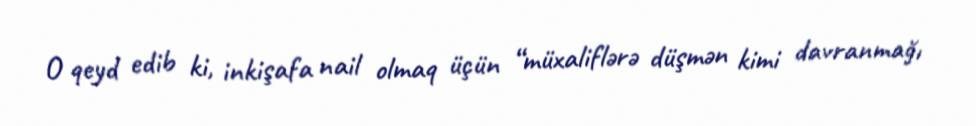
O qeyd edib ki, inkişafa nail olmaq üçün “müxaliflərə düşmən kimi davranmağı